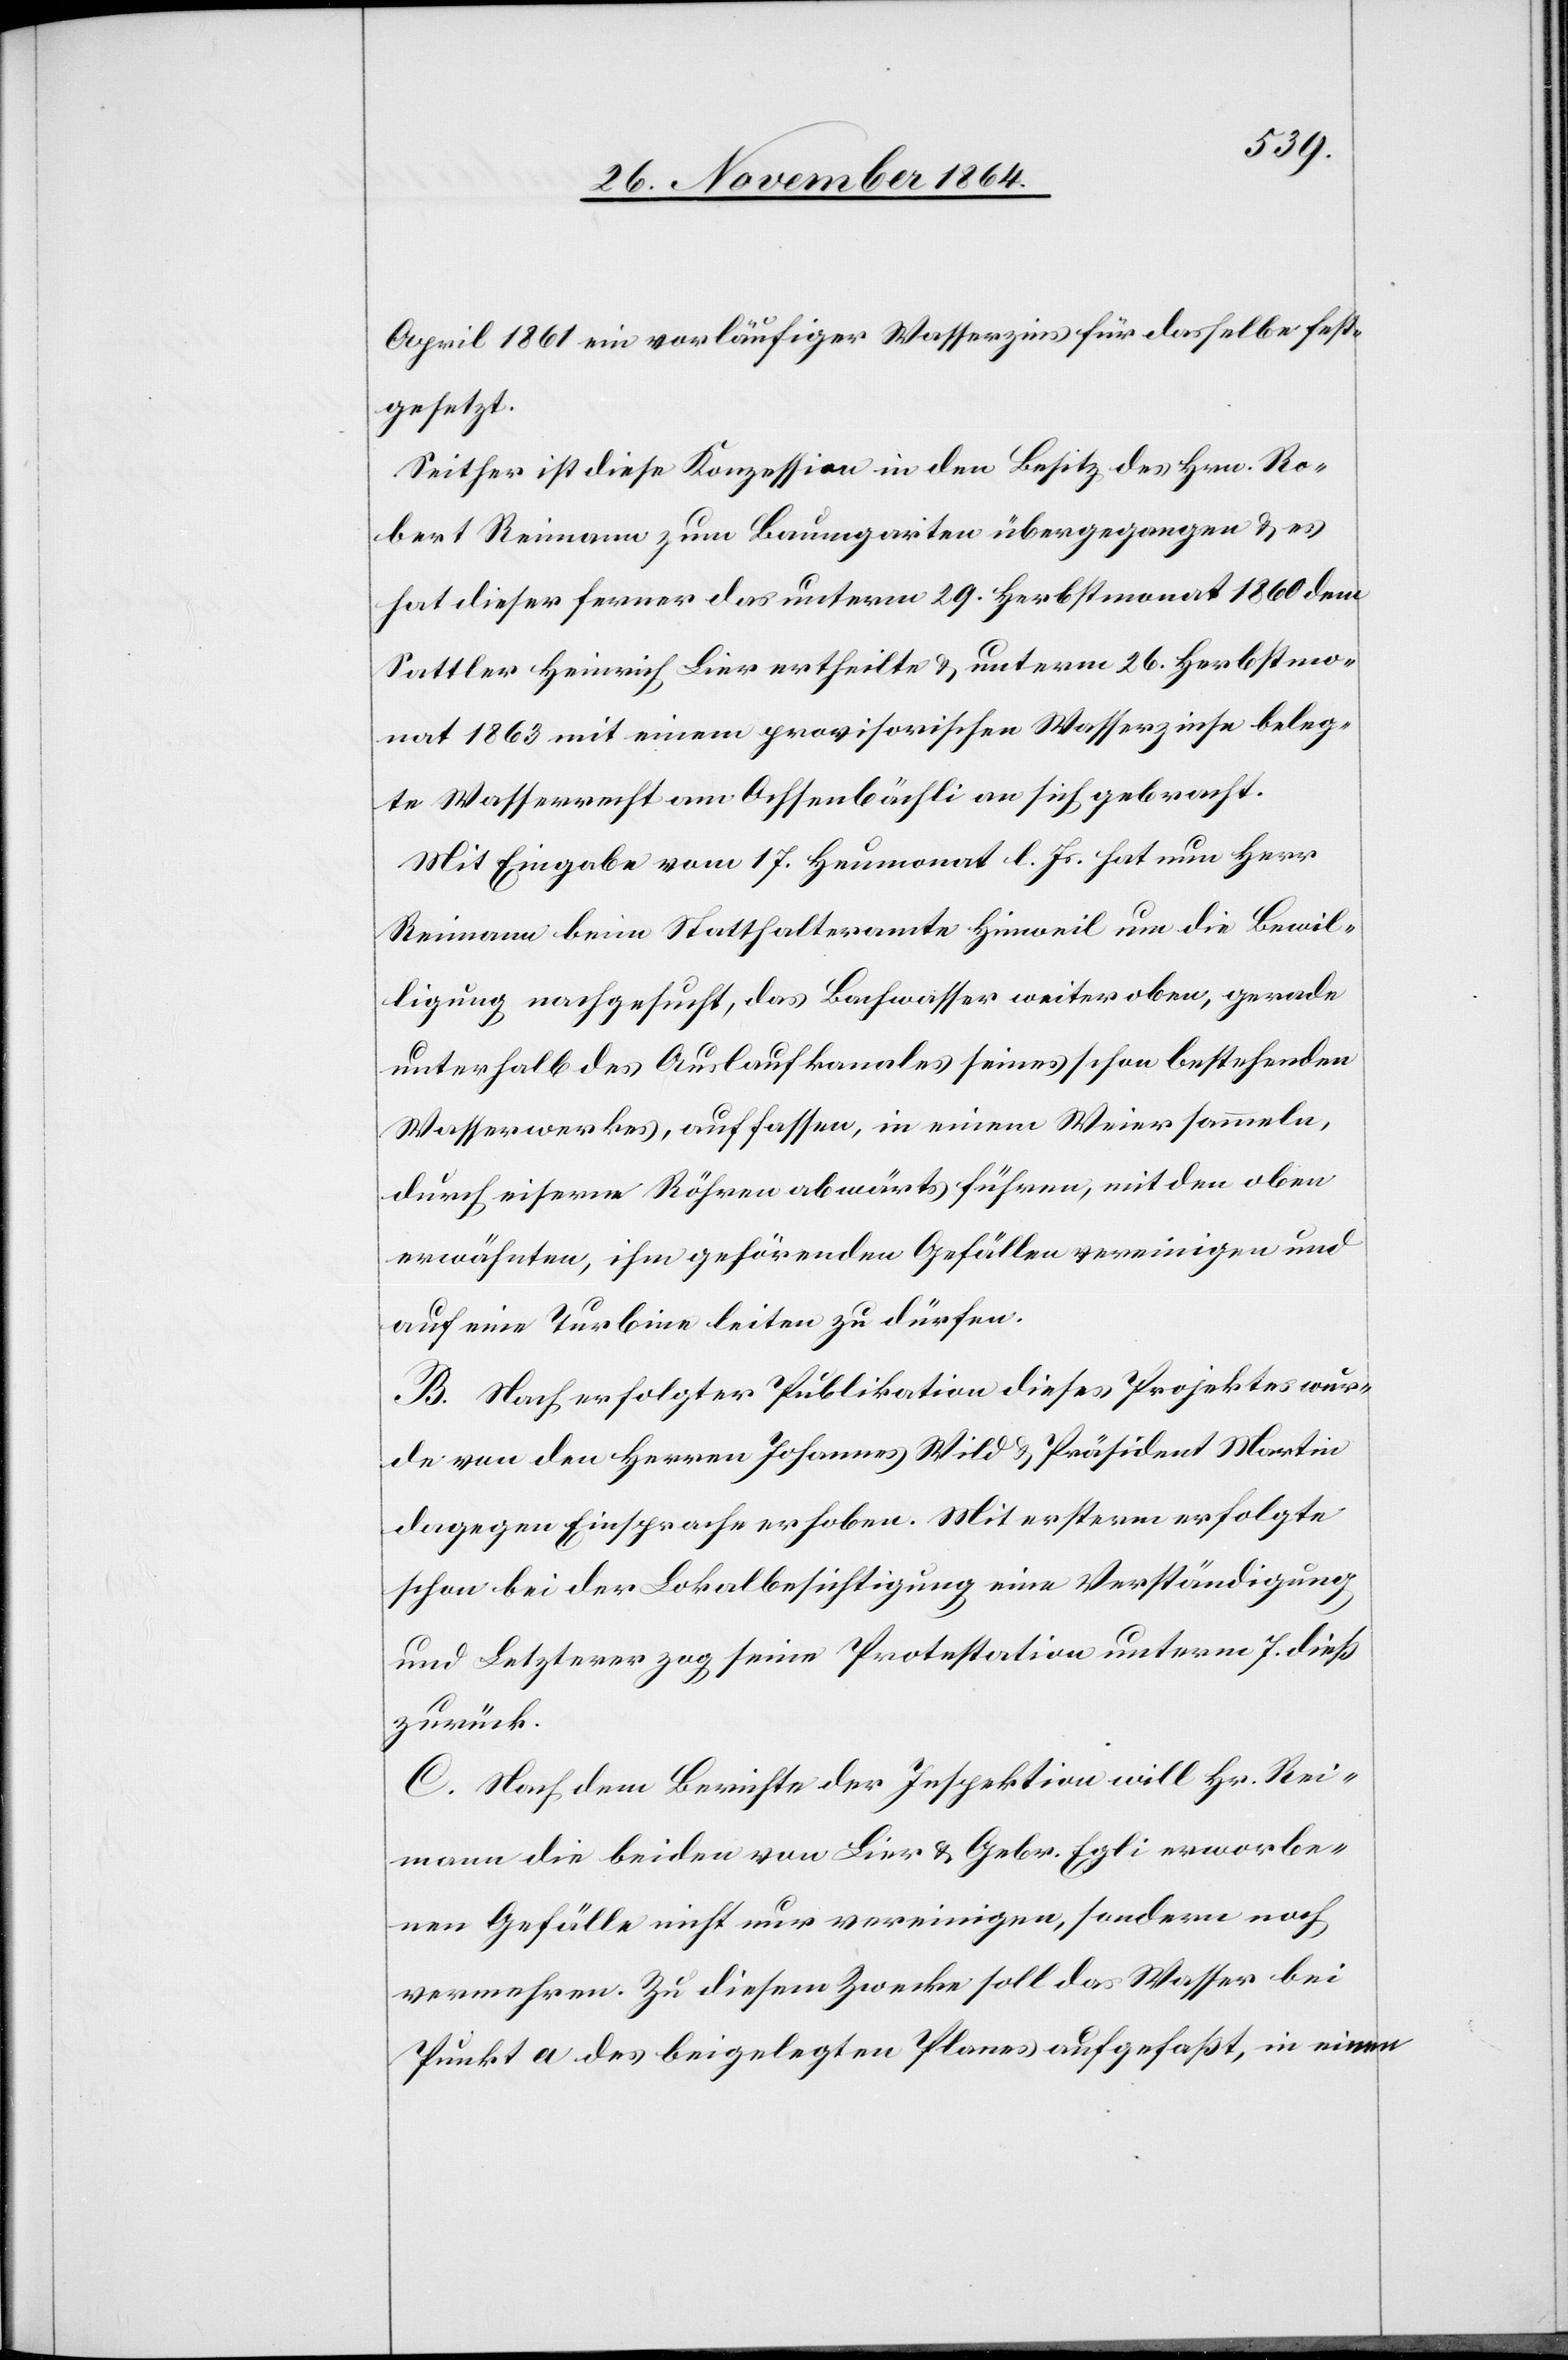
April 1861 ein vorläufiger Wasserzins für dasselbe fest¬
gesetzt.
Seither ist diese Konzession in den Besitz des Hrn. Ro¬
bert Reimann zum Baumgarten übergegangen & es
hat dieser ferner das unterm 29. Herbstmonat 1860 dem
Sattler Heinrich Lier ertheilte & unterm 26. Herbstmo¬
nat 1863 mit einem provisorischen Wasserzinse beleg¬
te Wasserrecht am Ochsenbächli an sich gebracht.
Mit Eingabe vom 17. Heumonat l. Js. hat nun Herr
Reimann beim Statthalteramte Hinweil um die Bewil¬
ligung nachgesucht, das Bachwasser weiter oben, gerade
unterhalb des Auslaufkanales seines schon bestehenden
Wasserwerkes, auffassen, in einem Weier sammeln,
durch eiserne Röhren abwärts führen, mit dem oben
erwähnten, ihm gehörenden Gefälle vereinigen und
auf eine Turbine leiten zu dürfen.
B. Nach erfolgter Publikation dieses Projektes wur¬
de von den Herren Johannes Wild & Präsident Martin
dagegen Einsprache erhoben. Mit ersterm erfolgte
schon bei der Lokalbesichtigung eine Verständigung
und Letzterer zog seine Protestation unterm 7. dieß
zurück.
C. Nach dem Berichte der Inspektion will Hr. Rei¬
mann die beiden von Lier & Gebr. Egli erworbe¬
nen Gefälle nicht nur vereinigen, sondern noch
vermehren. Zu diesem Zwecke soll das Wasser bei
Punkt a des beigelegten Planes aufgefaßt, in einem